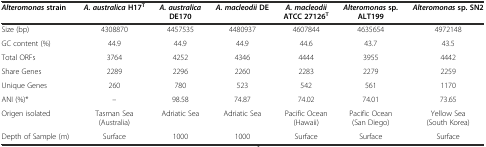
| Alteromonasstrain | A. australicaH17T | A. australicaDE170 | A. macleodiiDE | A. macleodiiATCC 27126T | Alteromonassp.ALT199 | Alteromonassp. SN2 |
 | --- | --- | --- | --- | --- | --- | --- |
 | Size (bp) | 4308870 | 4457535 | 4480937 | 4607844 | 4635654 | 4972148 |
 | GC content (%) | 44.9 | 44.9 | 44.9 | 44.6 | 43.7 | 43.5 |
 | Total ORFs | 3764 | 4252 | 4346 | 4444 | 3955 | 4442 |
 | Share Genes | 2289 | 2296 | 2260 | 2283 | 2279 | 2259 |
 | Unique Genes | 260 | 780 | 523 | 542 | 561 | 1170 |
 | ANI (%)* | -- | 98.58 | 74.87 | 74.02 | 74.01 | 73.65 |
 | Origen isolated | Tasman Sea (Australia) | Adriatic Sea | Adriatic Sea | Pacific Ocean (Hawaii) | Pacific Ocean (San Diego) | Yellow Sea (South Korea) |
 | Depth of Sample (m) | Surface | 1000 | 1000 | Surface | Surface | Surface |